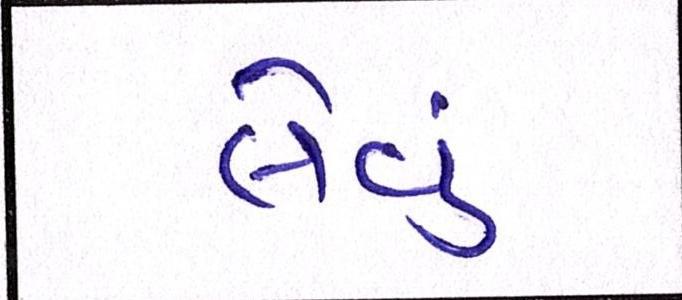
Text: લેવું